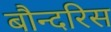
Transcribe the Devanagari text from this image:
बौन्दरिस